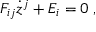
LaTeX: F _ { i j } \dot { z } ^ { j } + E _ { i } = 0 \; ,